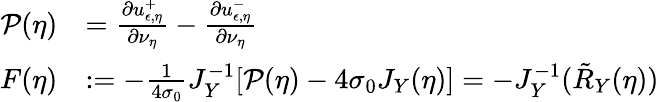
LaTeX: \begin{array}{rl}{\mathcal{P}(\eta)}&{=\frac{\partial u_{\epsilon,\eta}^{+}}{\partial\nu_{\eta}}-\frac{\partial u_{\epsilon,\eta}^{-}}{\partial\nu_{\eta}}}\\ {F(\eta)}&{:=-\frac{1}{4\sigma_{0}}J_{Y}^{-1}[\mathcal{P}(\eta)-4\sigma_{0}J_{Y}(\eta)]=-J_{Y}^{-1}(\tilde{R}_{Y}(\eta))}\end{array}